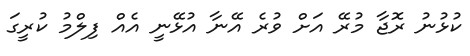
ކުޅުނު ރޮޖާ މުރޭ އަށް ވުރެ އޭނާ އުޅޭނީ އެއް ފިލްމު ކުރީގަ